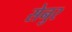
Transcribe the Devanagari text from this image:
सेनुर